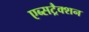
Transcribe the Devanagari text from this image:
एब्सट्रैक्शन